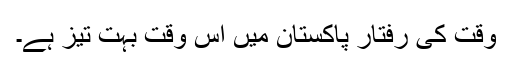
وقت کی رفتار پاکستان میں اس وقت بہت تیز ہے۔